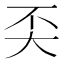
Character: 奀